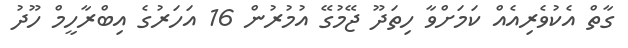
ގާތް އެކުވެރިއެއް ކަމަށްވާ ހިތަދޫ ޖޭމުގޭ އުމުރުން 16 އަހަރުގެ އިބްރާހީމް ހޫދު